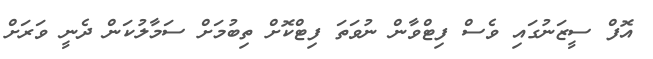
އޮފް ސީޒަނުގައި ވެސް ފިޓްވާން ނުވަތަ ފިޓްކޮށް ތިބުމަށް ސަމާލުކަން ދެނީ ވަރަށް